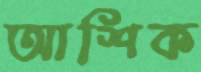
আশিক